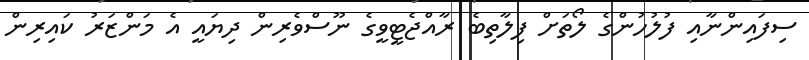
ސިފައިންނާއި ފުލުހުންގެ ލޯތަށް ފިލާތިބެ ރާއްޖެޓީވީގެ ނޫސްވެރިން ދިޔައީ އެ މަންޒަރު ކައިރިން